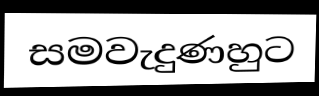
සමවැදුණහුට